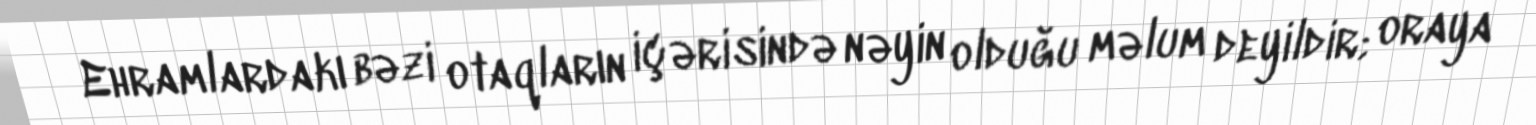
Ehramlardakı bəzi otaqların içərisində nəyin olduğu məlum deyildir; oraya